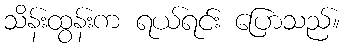
သိန်းထွန်းက ရယ်ရင်း ပြောသည်။